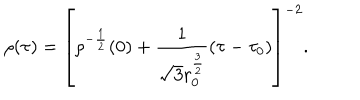
\rho ( \tau ) = \left[ \rho ^ { - \frac { 1 } { 2 } } ( 0 ) + \frac { 1 } { \sqrt { 3 } r _ { 0 } ^ { \frac { 3 } { 2 } } } ( \tau - \tau _ { 0 } ) \right] ^ { - 2 } .